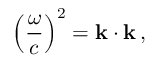
\left( { \frac { \omega } { c } } \right) ^ { 2 } = \mathbf { k } \cdot \mathbf { k } \, ,